Kaarli_(Someru)_vallavalitsus, lk 8
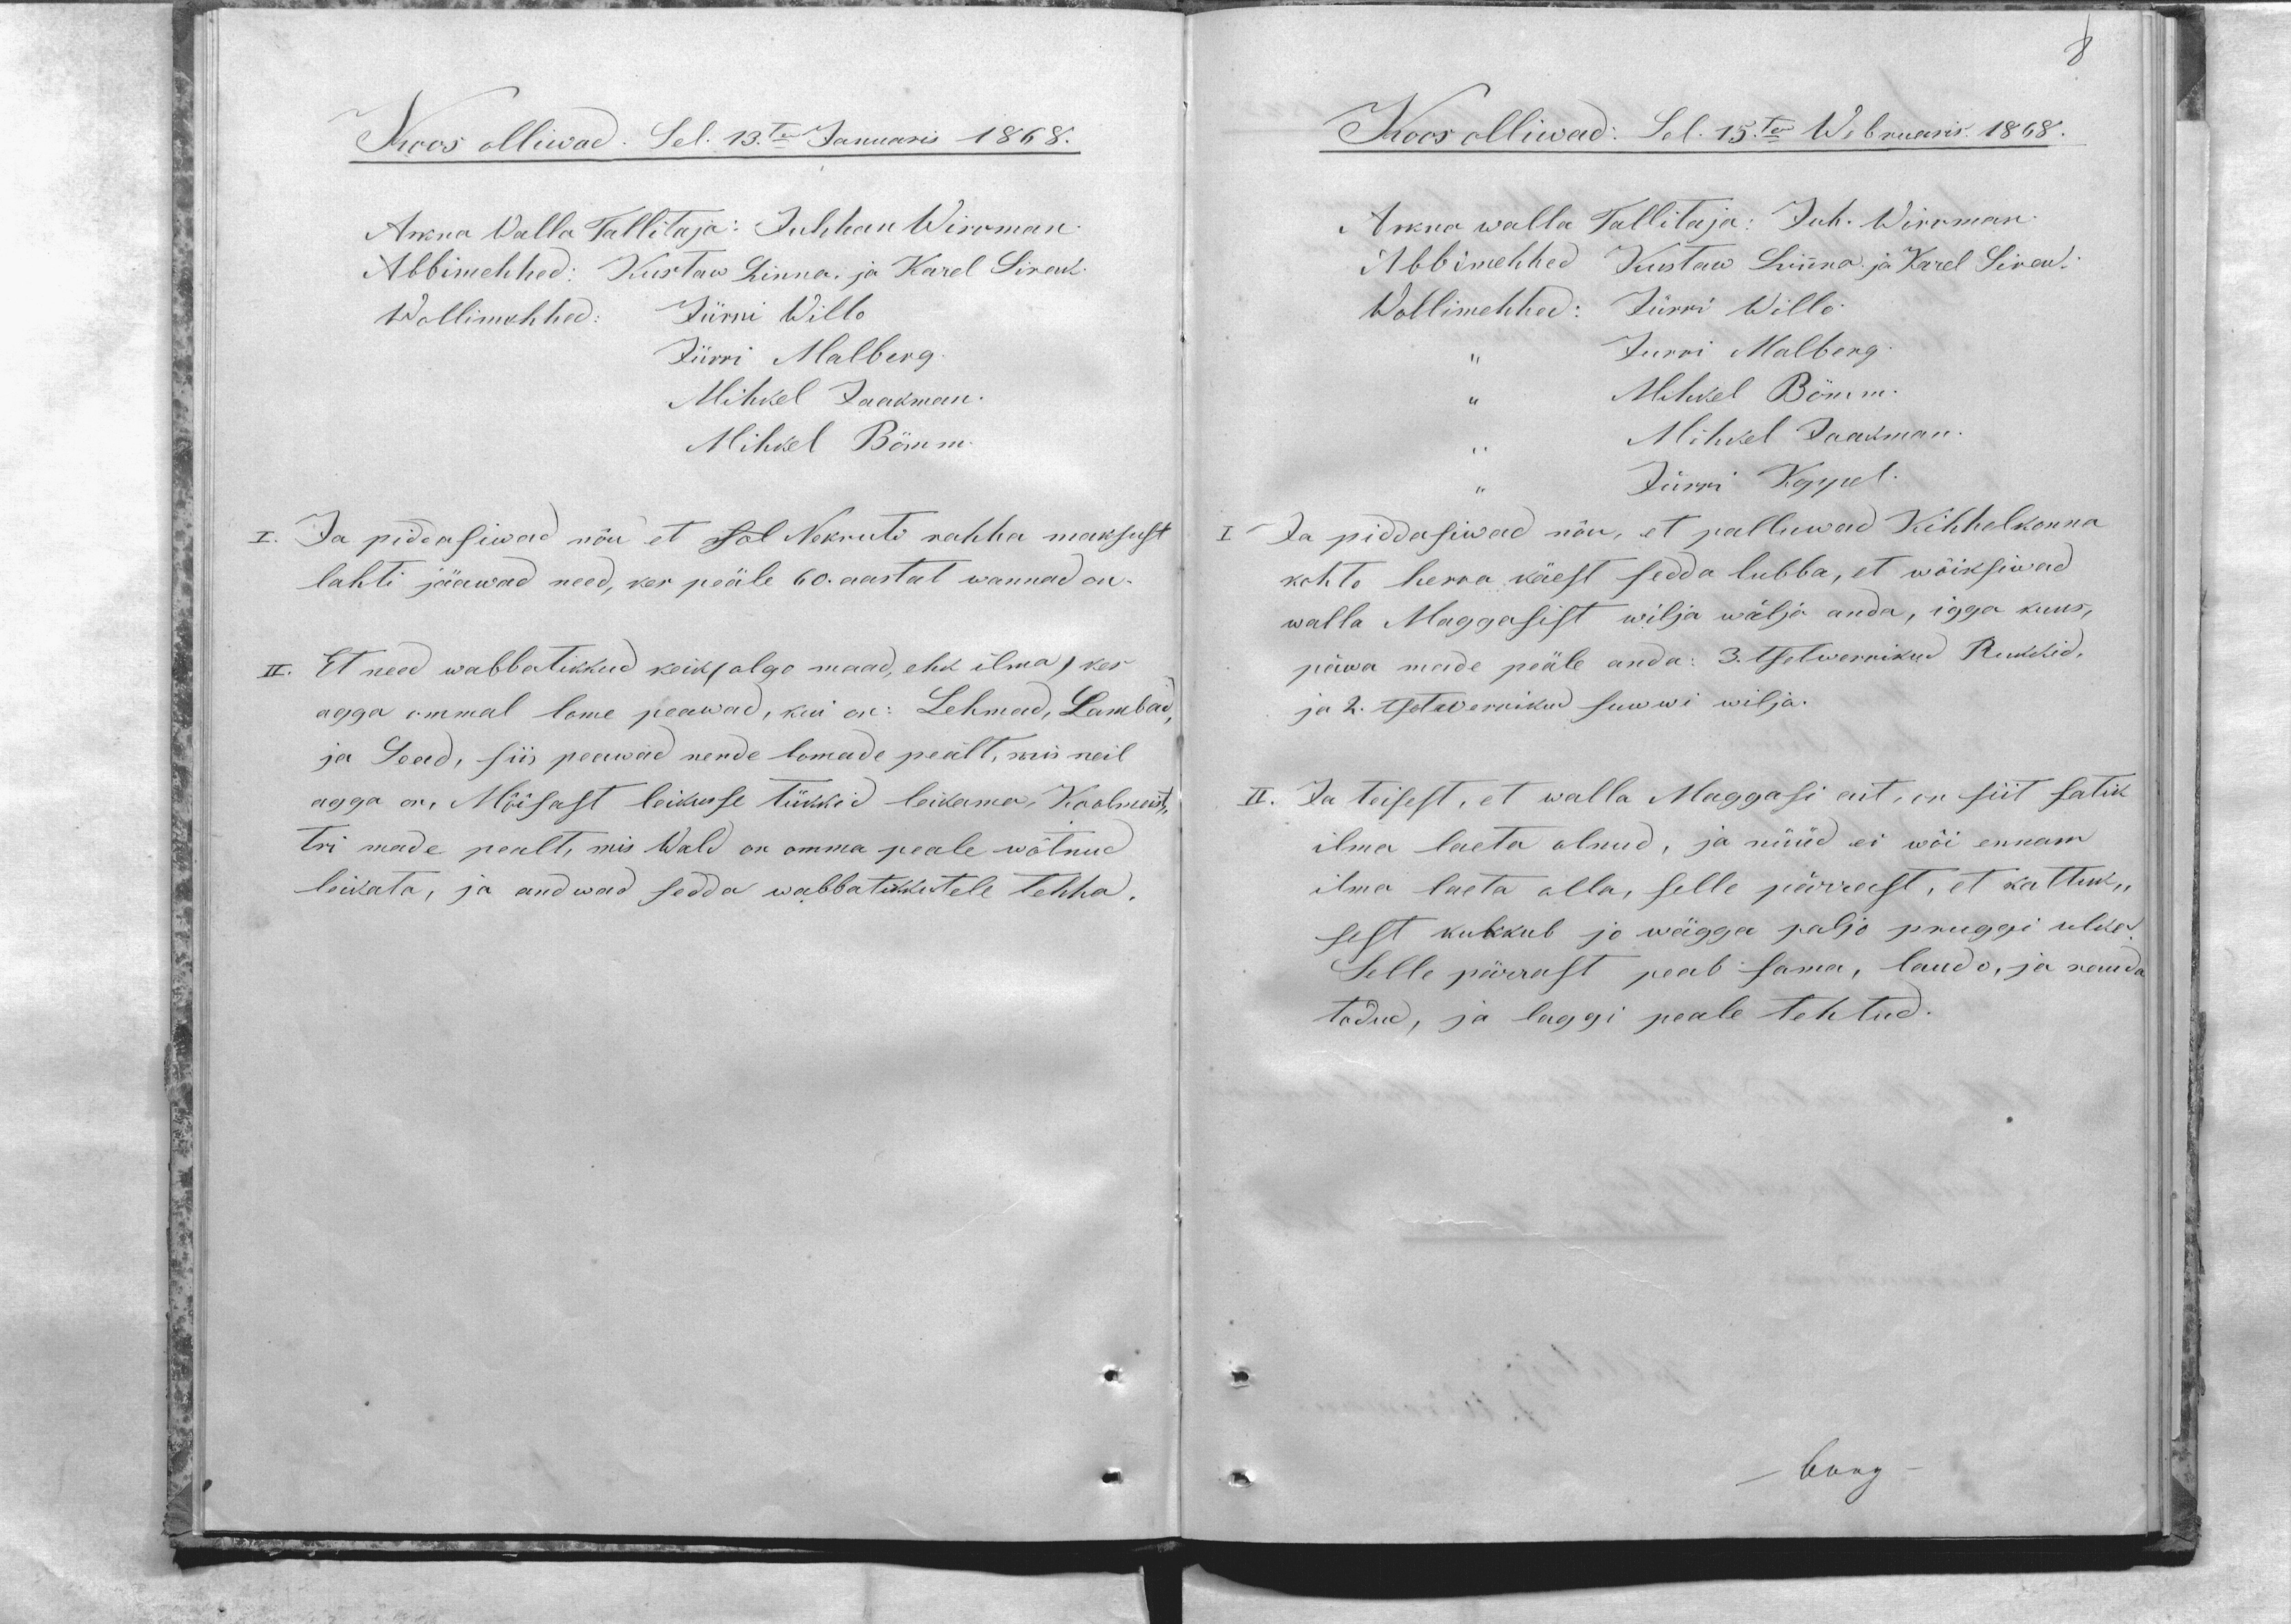
8

Koos olliwad. Sel. 13.ten Januaris 1868.
Arkna Walla Tallitaja: Juhhan Wirrman.
Abbimehhed: Kustaw Linna ja Karel Sirak.
Wollimehhed: Jürri Willo
Jürri Malberg
Mihkel Jaakman.
Mihkel Bömm.
I. Ja piddasiwad nõu et sol Nekruti rahha maksust
lahti jääwad need, kes peäle 60. aastat wannad on.
II. Et need wabbatikkud keik (olgo maad, ehk ilma) kes
agga ommal lome peawad, kui on: Lehmad, Lambad,
ja Sead, siis peawad nende lomade peält, mis neil
agga on, Mõisast leikusse tükkid leikama, Koolmeist-
tri made pealt, mis Wald on omma peale wõtnud
leikata, ja andwad sedda wabbatikkutele tehha.

Koos olliwad: Sel. 15ten Webruaris 1868.
Arkna walla Tallitaja: Juh. Wirrman.
Abbimehhed Kustaw Linna ja Karel Sirak.
Wollimehhed: Jürri Willo
,, Jurri Malberg.
,, Mihkel Bömm.
,, Mihkel Jaakman
,, Jürri Koppel
I. Ja piddasiwad nõu, et palluwad Kihhelkonna
kohto herra käest sedda lubba, et wõiksiwad
walla Maggasist wilja wälja anda, igga kuus,
päwa meide peäle anda: 3. tsetwerrikud Rukkid,
ja 2. tsetwerrikud suwwi wilja.
II. Ja teisest, et walla Maggasi ait, on siit satik
ilma laeta olnud, ja nüüd ei wõi ennam
ilma laeta olla, selle pärrast, et kattuk-
sest kukkub jo wägga paljo pruggi ulke.
Selle pärrast peab sama, laudo, ja rauda
todud, ja laggi peale tehtud.